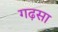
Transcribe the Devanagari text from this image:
गढ़सा